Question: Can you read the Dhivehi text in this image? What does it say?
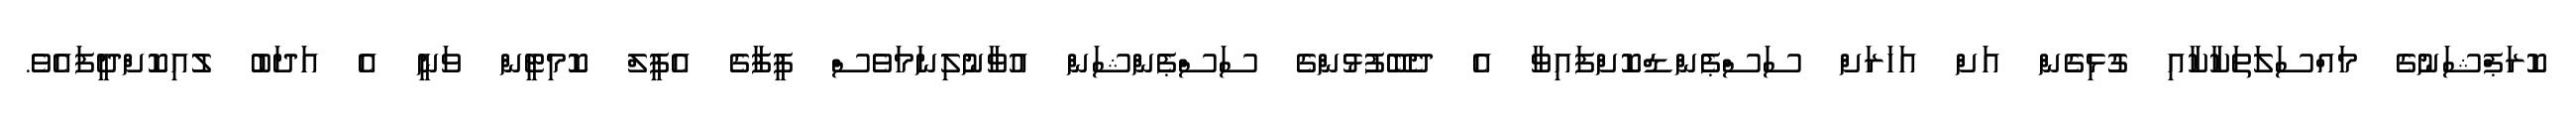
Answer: ކޮރަޕްޝަނުގެ މައްސަލަތަކާކާއި ގުޅިގެން އަށް އަހަރަށް ސަސްޕެންޑްކޮށްފައިވާ އެ ދެބޭފުޅުންގެ ސަސްޕެންޝަން އުވާނުލިނަމަވެސް ފީފާގެ އެޕީލް ކޮމިޓީން ވަނީ އެ އަދަބު ލުއިކޮށްދީފައެވެ.